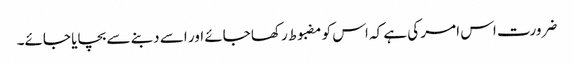
ضرورت اس امر کی ہے کہ اس کو مضبوط رکھا جائے اور اسے دبنے سے بچایا جائے۔